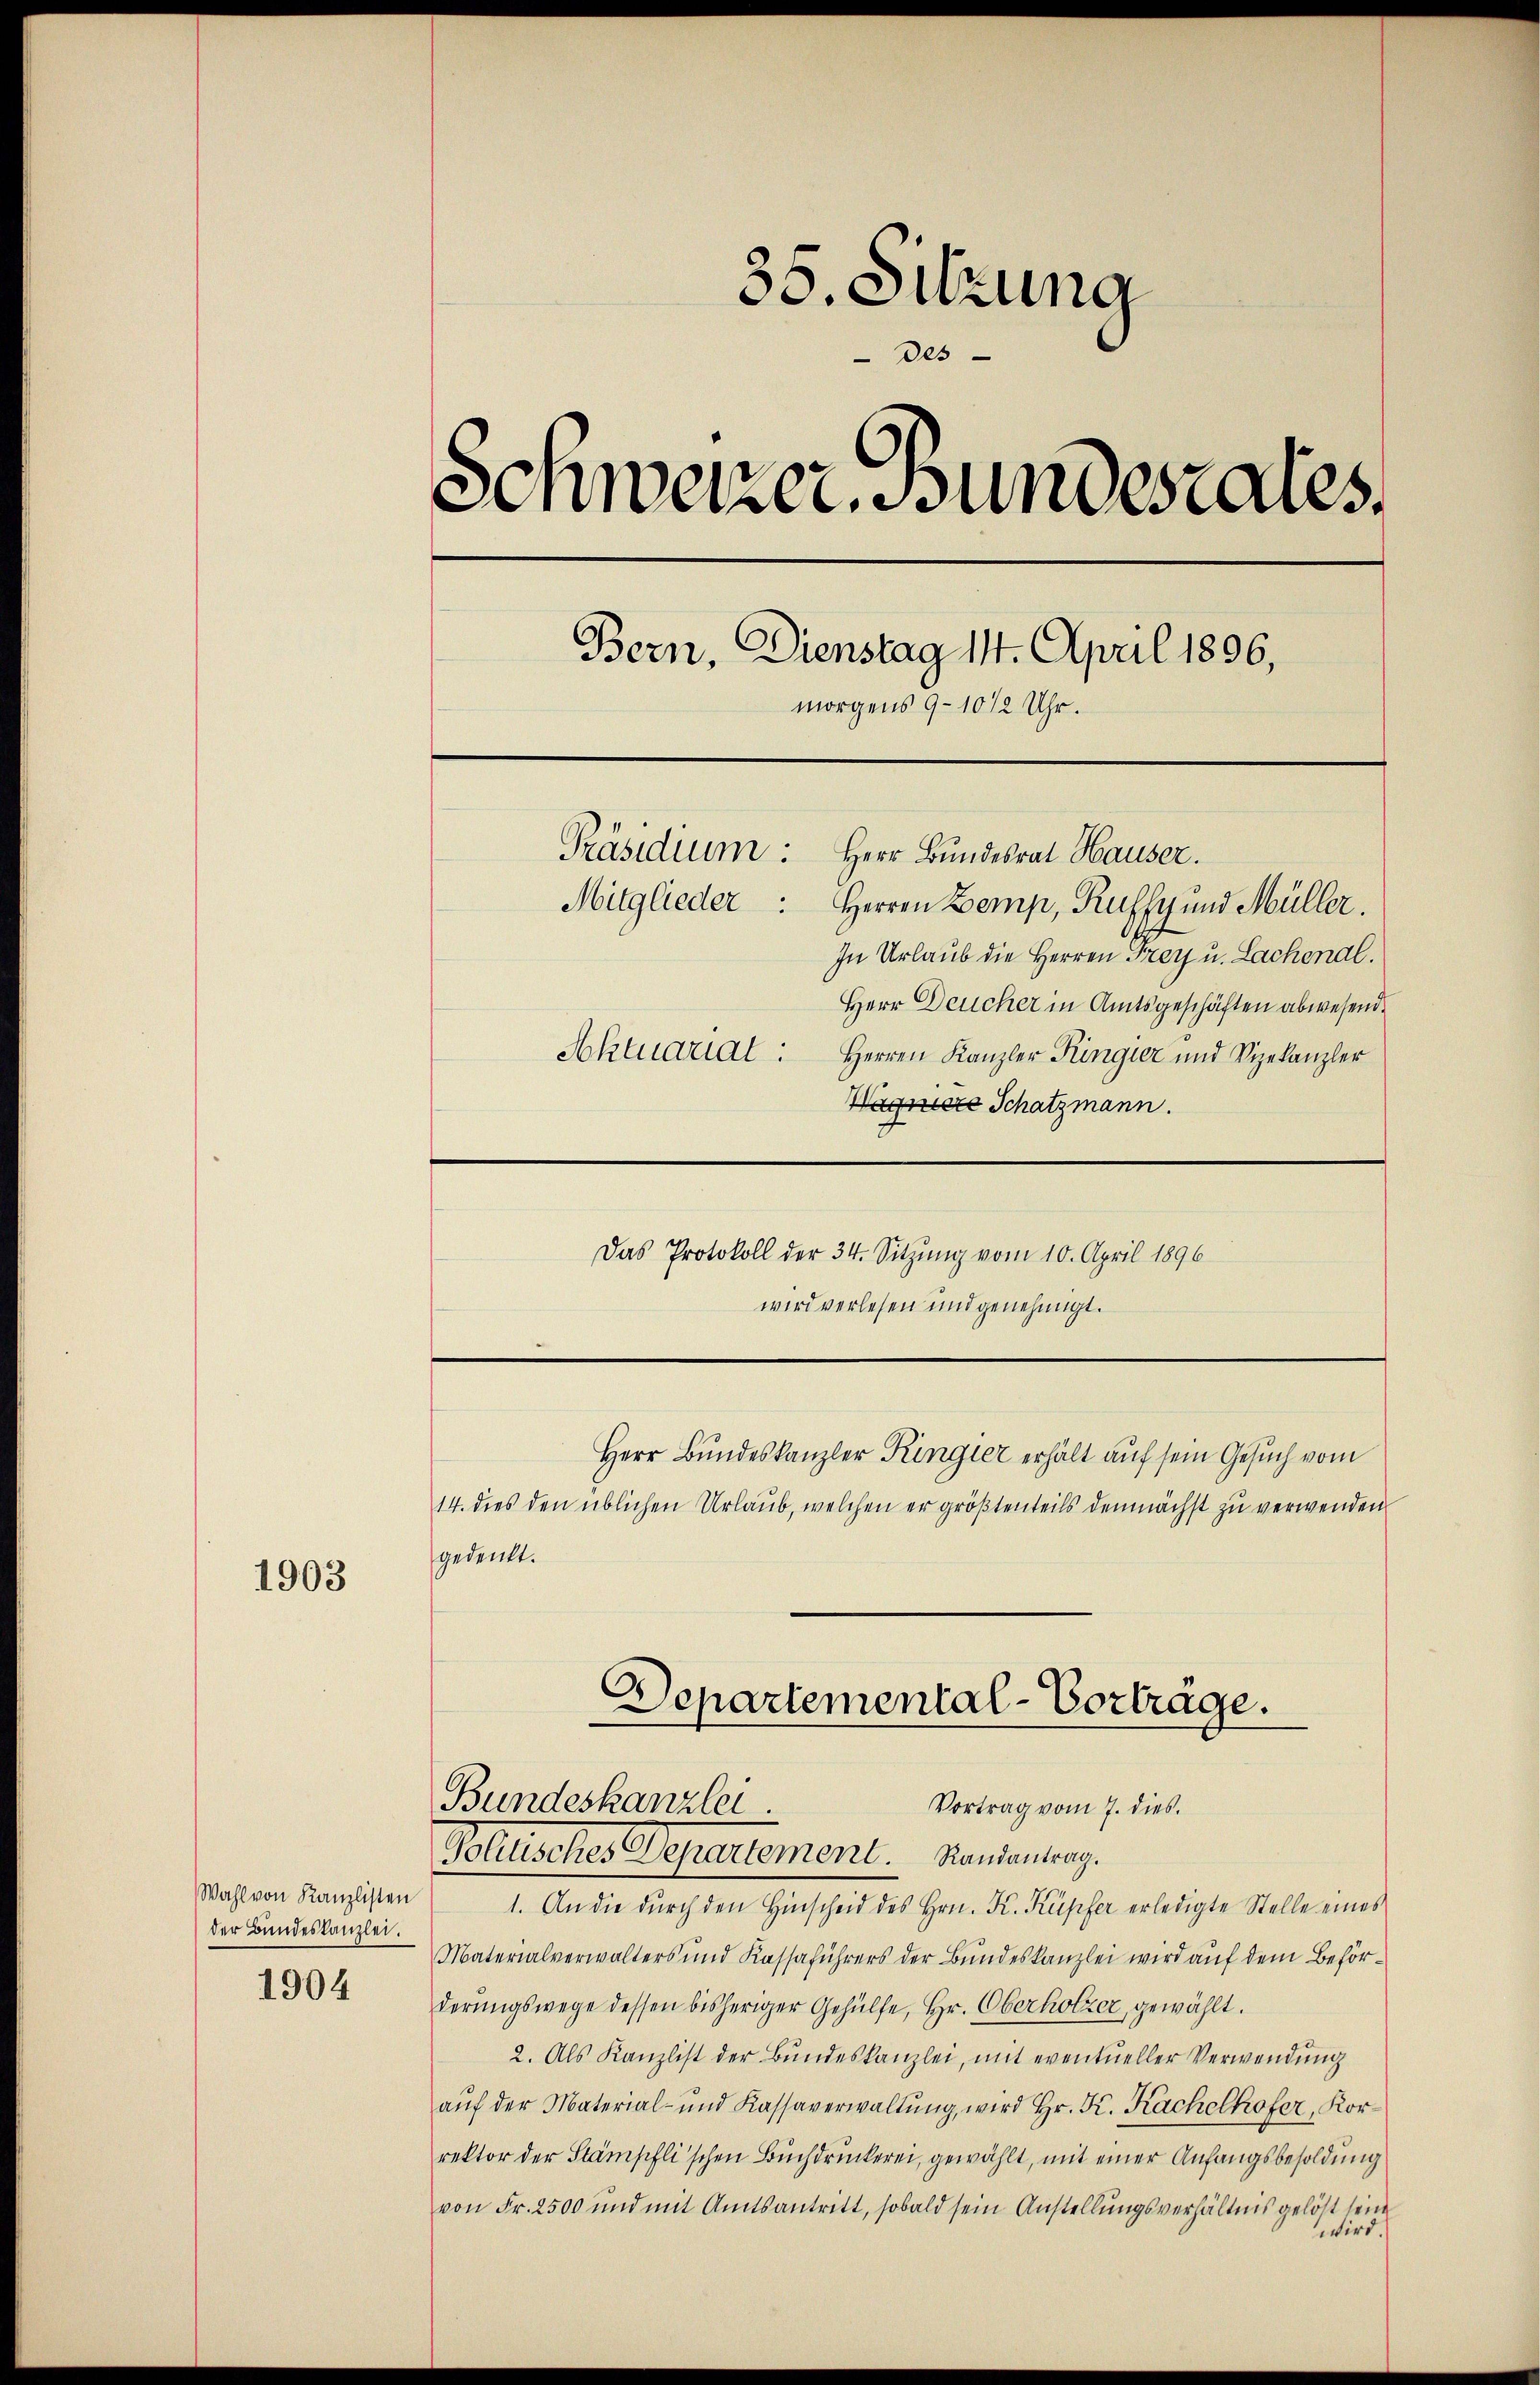
1903

Wahl von Kanzlisten
der Bundeskanzlei.
1904

35. Sitzung
Des
Schweizer. Bundesrates.
Bern, Dienstag 14. April 1896,
morgens 9-10 1/2 Uhr.
Präsidium:
Herr Bundesrat Hauser.
Mitglieder: Herren Zemp, Ruffy und Müller.
In Urlaub die Herren Frey u. Lachenal.
Herr Deucher in Amtsgeschäften abwesend
Aktuariat: Herren Kanzler Ringier und Vizekanzler
Waere Schatzmann.

Das Protokoll der 34. Sitzung vom 10. April 1896
wird verlesen und genehmigt.

.
Departemental-Vorträge.
Bundeskanzlei
Vortrag vom 7. dies
Politisches Departement. Handantrag.

Herr Bundeskanzler Ringier erhält auf sein Gesuch vom
14. dies den üblichen Urlaub, welchen er größtenteils demnächst zu verwenden
gedenkt.
1. An die dŭrch den Hinscheid des Hrn. K. Kupfer erledigte Stelle eines
Materialverwalters und Kassaführers der Bundeskanzlei wird auf dem Beförderungswege dessen bisheriger Gehülfe, Hr. Oberholzer, gewählt.
2. Als Kanzlist der Bundeskanzlei, mit eventueller Verwendung
aŭf der Material- und Kassaverwaltŭng, wird Hr. K. Kachelhofer, Korrektor der Stämpfli’schen Buchdruckerei, gewählt, mit einer Anfangsbesoldung
von Fr. 2500 und mit Amtsantritt, sobald sein Anstellungsverhältnis gelöst sein
wird.